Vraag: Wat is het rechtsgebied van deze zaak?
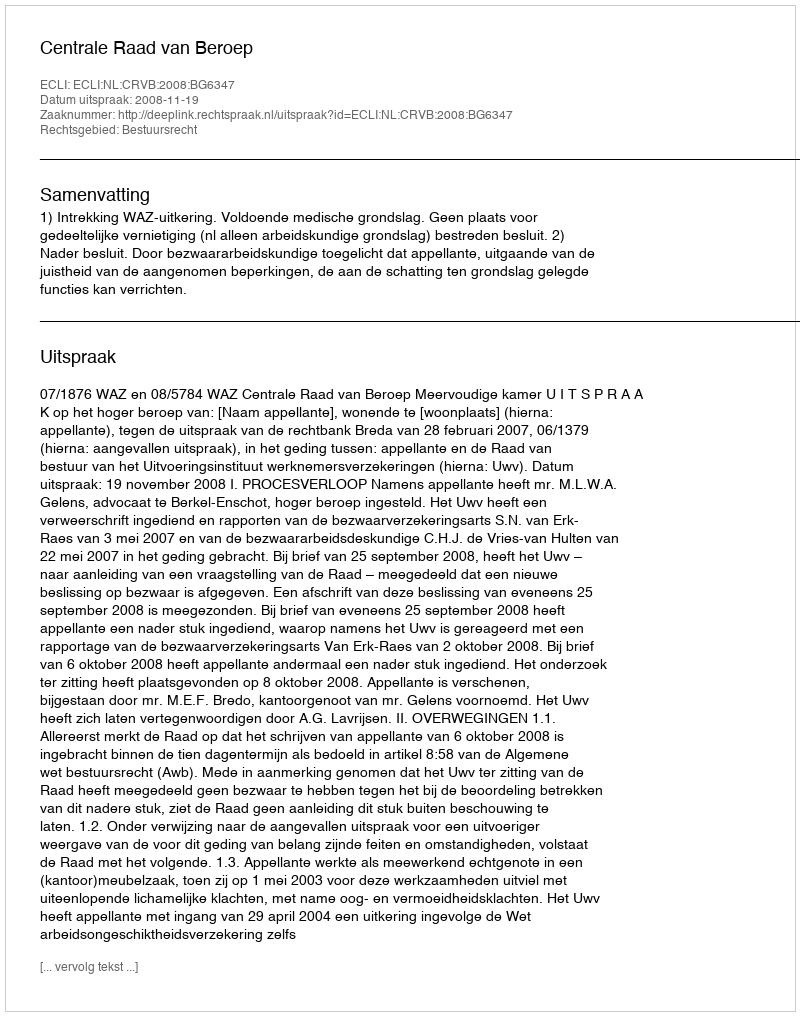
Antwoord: Bestuursrecht